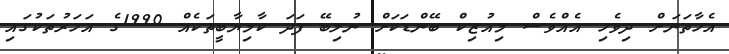
އެހާތަނަށް ދިވެހި އެއްވެސް މިއުޒިކް ބޭންޑަކަށް ނުލިބޭ ފަދަ ކާމިޔާބީތަކެއް 1990ގެ އަހަރުތަކުގައި